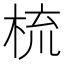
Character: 梳